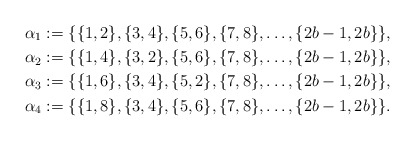
\begin{align*}\alpha_1:=\{\{1,2\},\{3,4\},\{5,6\},\{7,8\},\ldots,\{2b-1,2b\}\},\\\alpha_2:=\{\{1,4\},\{3,2\},\{5,6\},\{7,8\},\ldots,\{2b-1,2b\}\},\\\alpha_3:=\{\{1,6\},\{3,4\},\{5,2\},\{7,8\},\ldots,\{2b-1,2b\}\},\\\alpha_4:=\{\{1,8\},\{3,4\},\{5,6\},\{7,8\},\ldots,\{2b-1,2b\}\}.\end{align*}